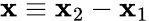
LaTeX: \mathbf{x}\equiv\mathbf{x}_{2}-\mathbf{x}_{1}